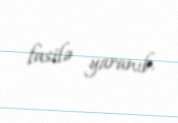
fasilə yaranıb.